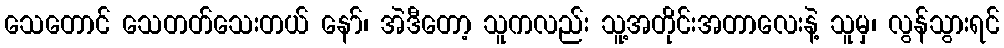
သေတောင် သေတတ်သေးတယ် နော်၊ အဲဒီတော့ သူကလည်း သူ့အတိုင်းအတာလေးနဲ့ သူမှ၊ လွန်သွားရင်